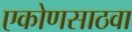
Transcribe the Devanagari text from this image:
एकोणसाठवा